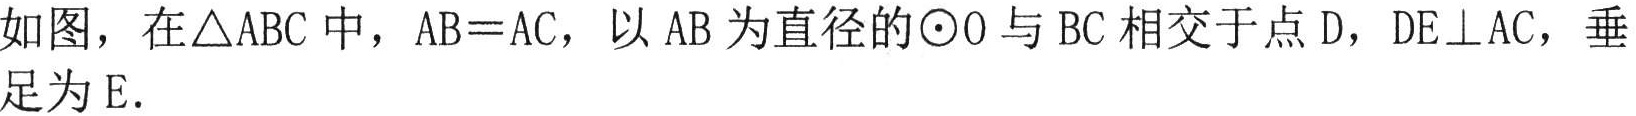
如图，在\(\triangle ABC\)中，\(AB = AC\)，以\(AB\)为直径的\(\odot O\)与\(BC\)相交于点\(D\)，\(DE\perp AC\)，垂足为\(E\).